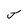
Character: j